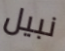
نبيل